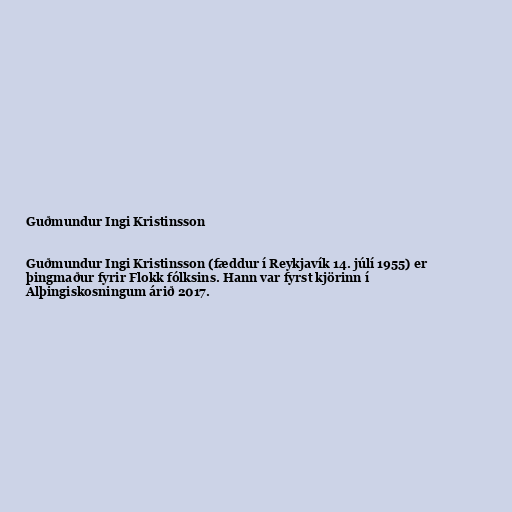
Guðmundur Ingi Kristinsson

Guðmundur Ingi Kristinsson (fæddur í Reykjavík 14. júlí 1955) er
þingmaður fyrir Flokk fólksins. Hann var fyrst kjörinn í
Alþingiskosningum árið 2017.